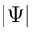
\left| \Psi \right|